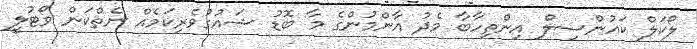
ލޯކަލް ކައުންސިލް އިންތިހާބާ މެދު އާންމުންގެ މާ ބޮޑު ޝައުގުވެރިކަމެއް ނެތްކަން ވޯޓުލީ